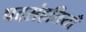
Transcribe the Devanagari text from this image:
पदसंहतियाँ